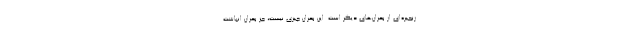
زنجیره‌ای از بحران‌های دیگر است. این بحران چیزی نیست، جز بحران انباشت